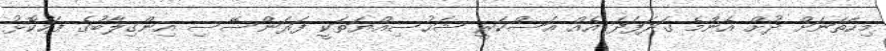
މިހާތަނަށް ދުށް އެންމެ ގަދަފަދަ އެއް އަސްކަރީ ޝަހުސިއްޔަތަކީ ފަރަންސޭސި އިންގިލާބުގެ ފަހުކޮޅު